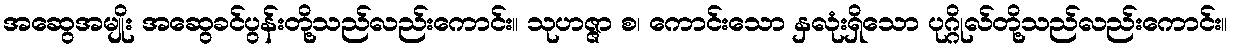
အဆွေအမျိုး အဆွေခင်ပွန်းတို့သည်လည်းကောင်း။ သုဟဇ္ဇာ စ၊ ကောင်းသော နှလုံးရှိသော ပုဂ္ဂိုလ်တို့သည်လည်းကောင်း။